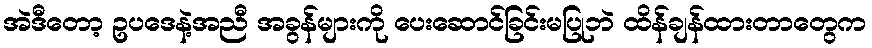
အဲဒီတော့ ဥပဒေနဲ့အညီ အခွန်များကို ပေးဆောင်ခြင်းမပြုဘဲ ထိန်ချန်ထားတာတွေက